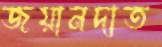
জয়ানদাত